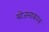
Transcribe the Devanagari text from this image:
योजनाकाल